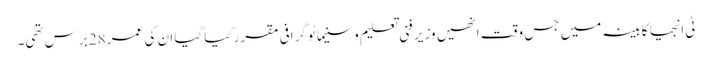
ٹی انجیا کابینہ میں جس وقت انھیں وزیر فنی تعلیم و سنیماٹو گرافی مقرر کیا گیا ان کی عمر 28 برس تھی۔